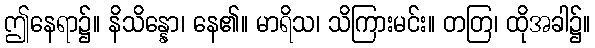
ဤနေရာ၌။ နိသိန္နော၊ နေ၏။ မာရိသ၊ သိကြားမင်း။ တတြ၊ ထိုအခါ၌။